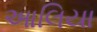
આલિયા